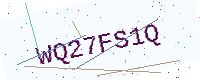
Text: WQ27FS1Q